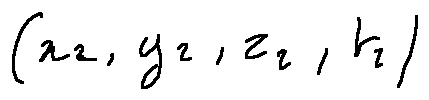
( x _ { 2 } , y _ { 2 } , z _ { 2 } , t _ { 2 } )